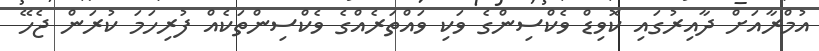
އުމްރާއަށް ދާއިރުގައި ކޮވިޑް ވެކްސިންގެ ވަކި ވައްތަރެއްގެ ވެކްސިންތަކެއް ފުރިހަމަ ކުރަން ޖެހޭ